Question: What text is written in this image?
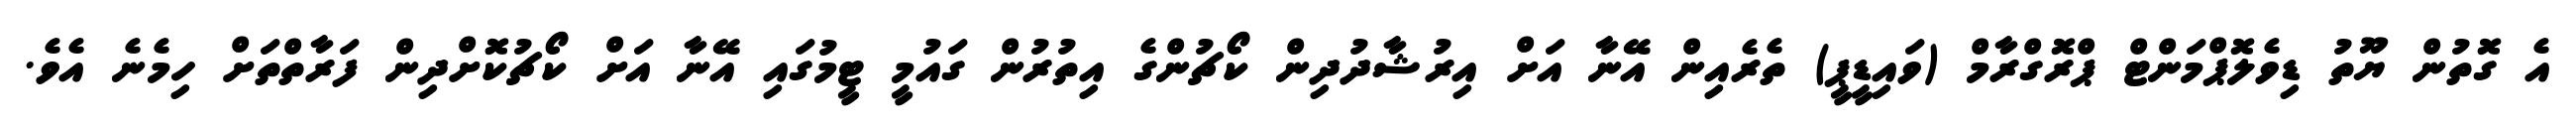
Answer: އެ ގޮތުން ޔޫތު ޑިވެލޮޕްމަންޓް ޕްރޮގްރާމް (ވައިޑީޕީ) ތެރެއިން އޭނާ އަށް އިރުޝާދުދިން ކޯޗުންގެ އިތުރުން ގައުމީ ޓީމުގައި އޭނާ އަށް ކޯޗުކޮށްދިން ފަރާތްތަށް ހިމެނެ އެވެ.